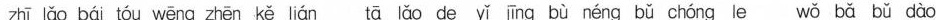
zhī lǎo bái tóu wēng zhēn kě lián tā lǎo de yǐ jīng bù néng bǔ chóng le wǒ bǎ bǔ dào